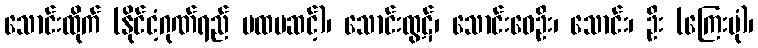
သောင်းထိုက် (နိုင်ငံ့ဂုဏ်ရည် ပထမဆင့်)၊ သောင်းထွဋ်၊ သောင်းဝေဦး၊ သောင်း၊ ဦး (ကြေးမုံ)၊